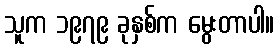
သူက ၁၉၇၉ ခုနှစ်က မွေးတာပါ။